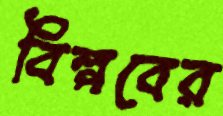
বিল্পবের